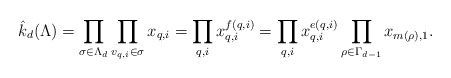
\begin{align*}\hat{k}_d(\Lambda) = \prod_{\sigma \in \Lambda_d}\prod_{v_{q,i} \in \sigma} x_{q,i}= \prod_{q, i} x_{q,i}^{f(q,i)}= \prod_{q, i} x_{q,i}^{e(q,i)}\prod_{\rho \in \Gamma_{d-1}} x_{m(\rho),1}.\end{align*}